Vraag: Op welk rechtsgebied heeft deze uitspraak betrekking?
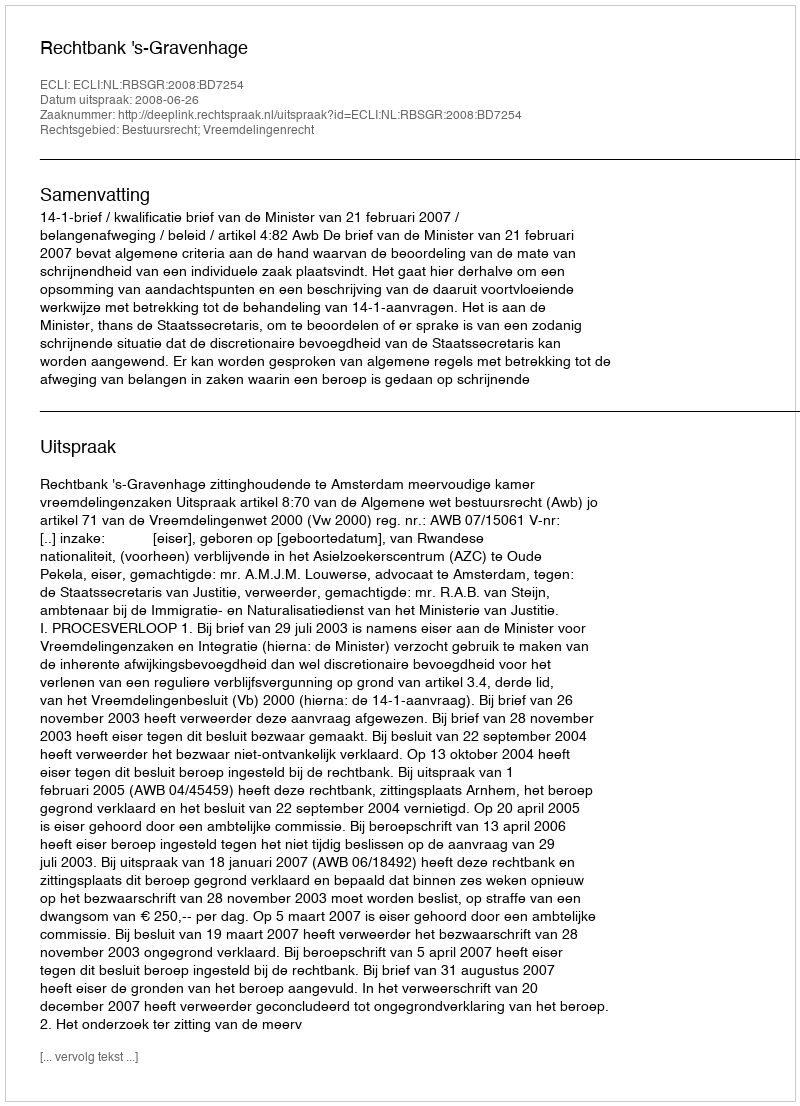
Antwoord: Bestuursrecht; Vreemdelingenrecht